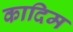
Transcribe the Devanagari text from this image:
कादिम